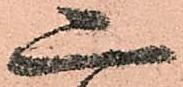
二